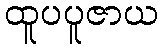
ထူပပူဇာယ